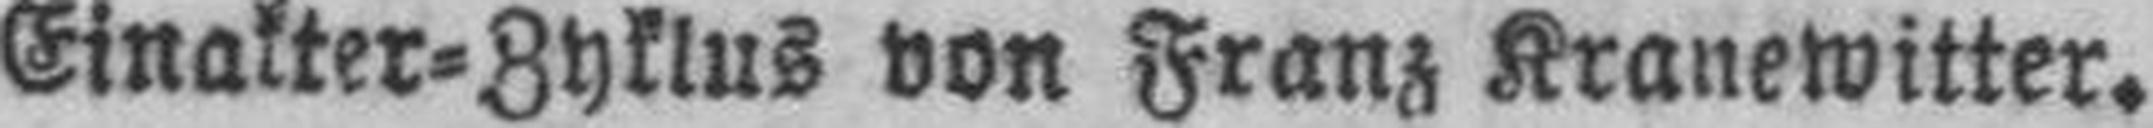
Einakter=Zyklus von Franz Kranewitter.